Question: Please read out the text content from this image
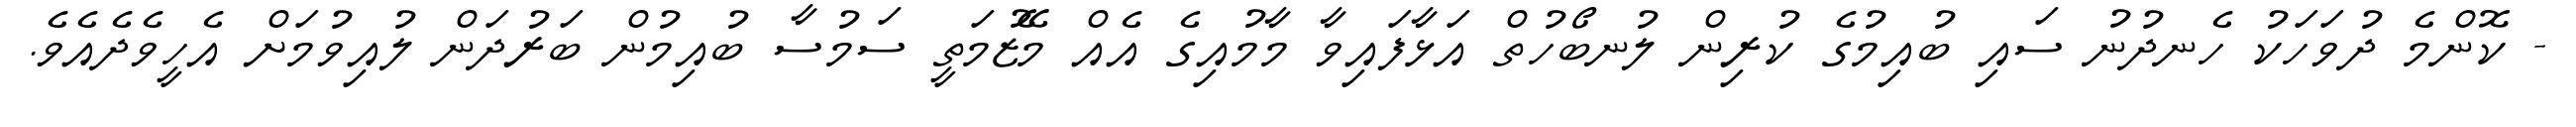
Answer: - ކޮންމެ ދުވަހަކު ހެނދުނު ސައި ބުއިމުގެ ކުރިން ލުނބޯހުތް އަޅާފައިވާ މާމުއިގެ އެއް މޭޒުމަތީ ސަމުސާ ބުއިމުން ބަރުދަން ލުއިވުމަށް އެހީވެދެއެވެ.